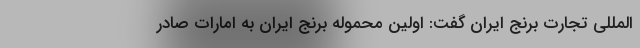
المللی تجارت برنج ایران گفت: اولین محموله برنج ایران به امارات صادر